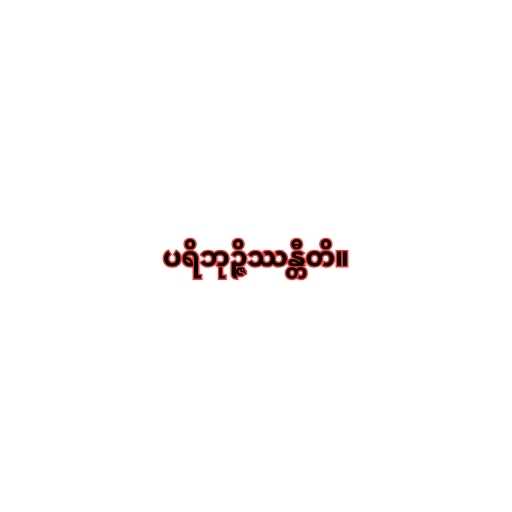
ပရိဘုဉ္ဇိဿန္တီတိ။